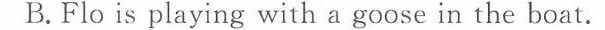
B.Flo is playing with a goose in the boat.